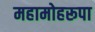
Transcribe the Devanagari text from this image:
महामोहरूपा